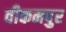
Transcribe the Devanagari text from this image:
वीकमपुर